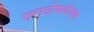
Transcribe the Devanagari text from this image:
एराटोसथेंनस